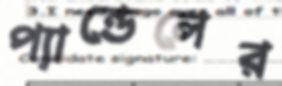
প্যান্ডেলের